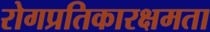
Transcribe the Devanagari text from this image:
रोगप्रतिकारक्षमता